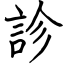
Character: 診